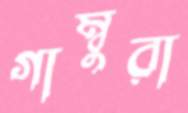
গাম্বুরা